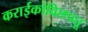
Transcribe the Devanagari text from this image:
कराईकोविलपत्तू